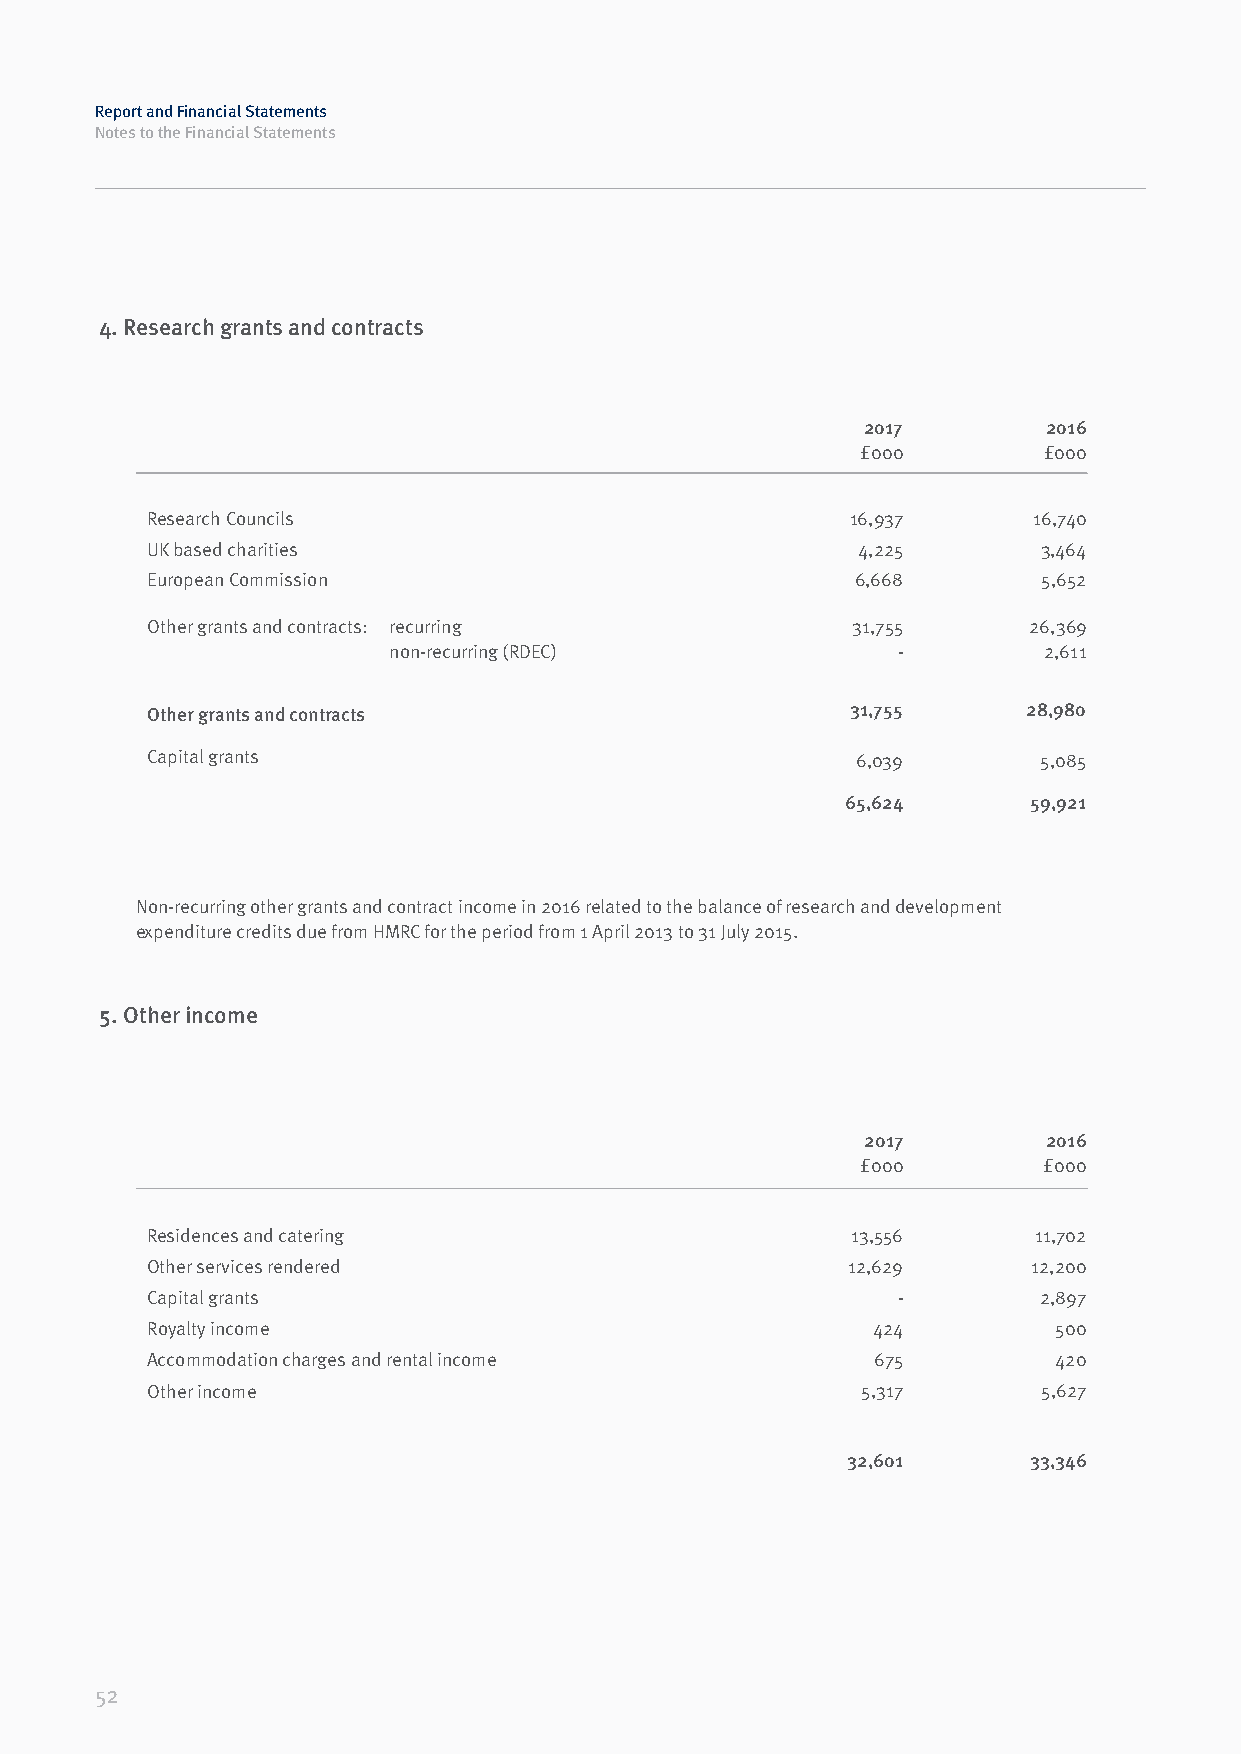
Report and Financial Statements
 Notes to the Financial Statements
 4. Research grants and contracts
 2017        2016
 £000        £000
 Research Councils                             16,937      16,740
 UK based charities                             4,225       3,464
 European Commission                            6,668       5,652
 Other grants and contracts: recurring         31,755      26,369
 non-recurring (RDEC)             -         2,611
 Other grants and contracts                    31,755      28,980
 Capital grants                                 6,039       5,085
 65,624      59,921
 Non-recurring other grants and contract income in 2016 related to the balance of research and development
 expenditure credits due from HMRC for the period from 1 April 2013 to 31 July 2015.
 5. Other income
 2017        2016
 £000        £000
 Residences and catering                       13,556      11,702
 Other services rendered                       12,629      12,200
 Capital grants                                   -         2,897
 Royalty income                                  424         500
 Accommodation charges and rental income         675         420
 Other income                                   5,317       5,627
 32,601      33,346
 52